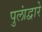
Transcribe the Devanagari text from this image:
पुलांद्वारे